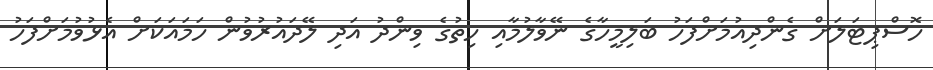
ހޮސްޕިޓަލަށް ގެންދިއުމަށްފަހު ބަލިމީހާގެ ނޭވާލުމާއި ހިތުގެ ވިންދު އަދި ލޭދައުރުވުން ހަމައަކަށް އެޅުވުމަށްފަހު